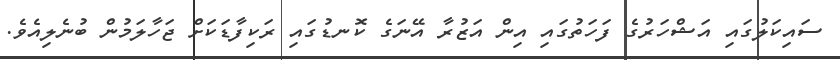
ސައިކަލުގައި އަޝްހަރުގެ ފަހަތުގައި އިން އަޒުރާ އޭނަގެ ކޮނޑުގައި ރަކިފާޑަކަށް ޖަހާލަމުން ބުނެލިއެވެ.